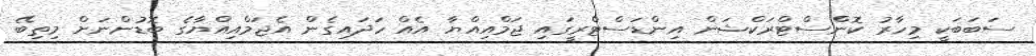
ސަބަބަކީ މިހާރު ކޮންްސްޓްރަކްޝަން އިންޑަސްޓްރީގައި ޖަމްއިއްޔާ އެއް ހަދައިގެން އެޖަމްއިއްޔާގެ ބޮޑުންނަށް މިތިބޭ